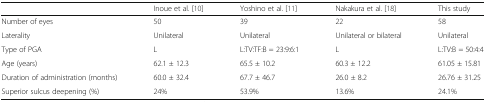
|  | Inoue et al. [10] | Yoshino et al. [11] | Nakakura et al. [18] | This study |
 | --- | --- | --- | --- | --- |
 | Number of eyes | 50 | 39 | 22 | 58 |
 | Laterality | Unilateral | Unilateral | Unilateral or bilateral | Unilateral |
 | Type of PGA | L | L:TV:TF:B = 23:9:6:1 | L | L:TV:B = 50:4:4 |
 | Age (years) | 62.1 ± 12.3 | 65.5 ± 10.2 | 60.3 ± 12.2 | 61.05 ± 15.81 |
 | Duration of administration (months) | 60.0 ± 32.4 | 67.7 ± 46.7 | 26.0 ± 8.2 | 26.76 ± 31.25 |
 | Superior sulcus deepening (%) | 24% | 53.9% | 13.6% | 24.1% |